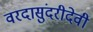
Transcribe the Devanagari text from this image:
वरदासुंदरीदेवी